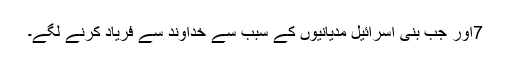
7اور جب بنی اِسرائیل مِدیانیوں کے سبب سے خُداوند سے فریاد کرنے لگے۔